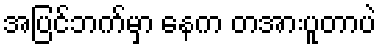
အပြင်ဘက်မှာ နေက တအားပူတာပဲ